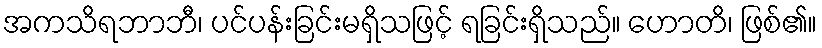
အကသိရဘာဘီ၊ ပင်ပန်းခြင်းမရှိသဖြင့် ရခြင်းရှိသည်။ ဟောတိ၊ ဖြစ်၏။